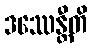
ဒဿေန္တီတိ